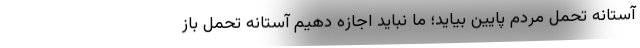
آستانه تحمل مردم پایین بیاید؛ ما نباید اجازه دهیم آستانه تحمل باز